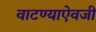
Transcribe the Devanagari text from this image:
वाटण्याऐवजी